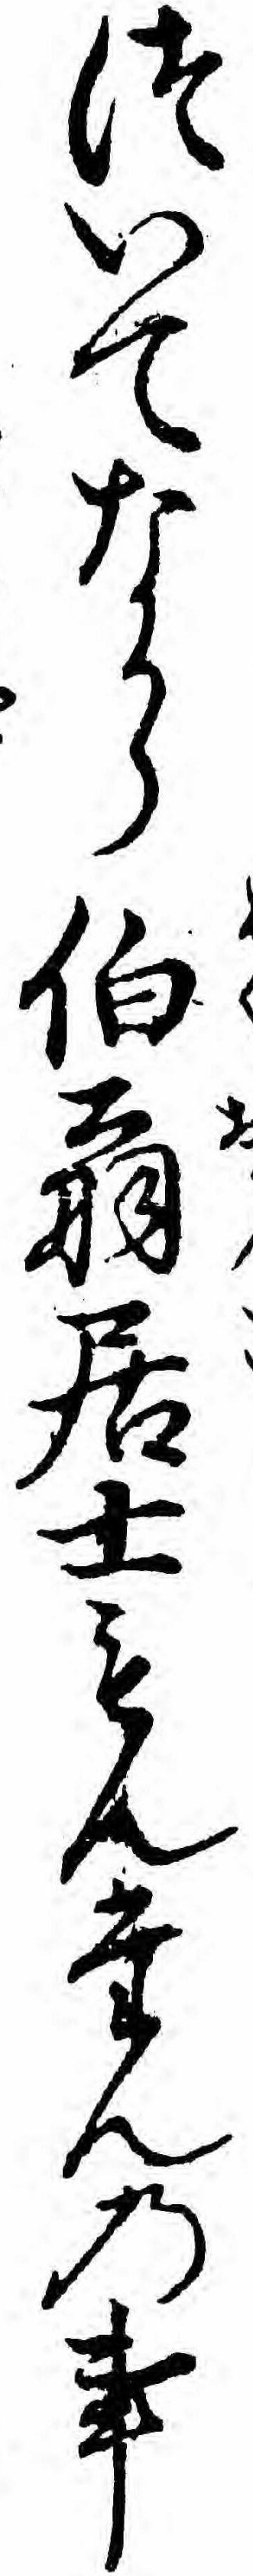
ついてなから伯翁居士もんたんの事